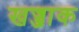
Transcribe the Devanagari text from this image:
खज्जाक